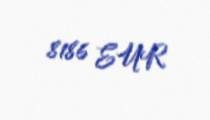
8186 EUR